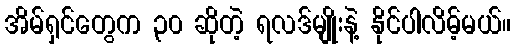
အိမ်ရှင်တွေက ၃၀ ဆိုတဲ့ ရလဒ်မျိုးနဲ့ နိုင်ပါလိမ့်မယ်။